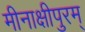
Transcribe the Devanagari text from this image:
मीनाक्षीपुरम्